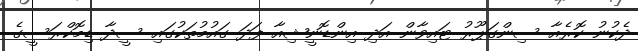
ދެކުނު ކޮރެއާ ސިންގަޕޫރު ޓައިވާން އަދި އިންޑޮނީޝިއާ ފަދަ ގައުމުތަކުގައި ސީދާ ޑިމޮކްރަސީގެ